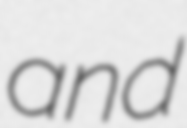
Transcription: and